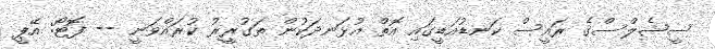
ސީޝެލްސްގެ ރައީސް ކަނޑުއަޑީގައި އޮތް އުޅަނދަކުން ތަގުރީރު ކުރައްވަނީ -- ފޮޓޯ: އޭޕީ